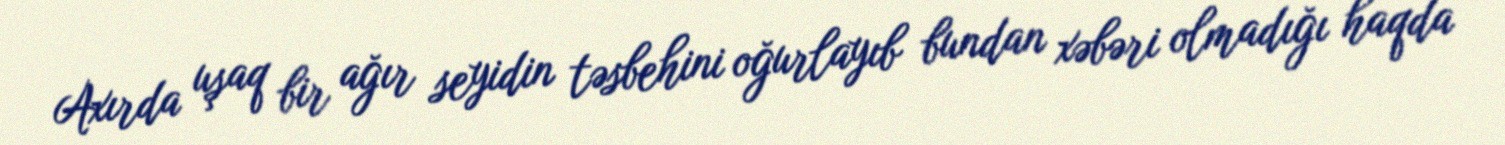
Axırda uşaq bir ağır seyidin təsbehini oğurlayıb bundan xəbəri olmadığı haqda